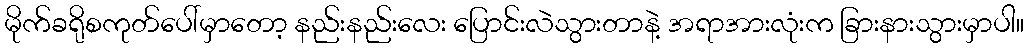
မိုက်ခရိုစကုတ်ပေါ်မှာတော့ နည်းနည်းလေး ပြောင်းလဲသွားတာနဲ့ အရာအားလုံးက ခြားနားသွားမှာပါ။